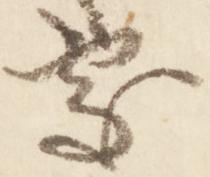
処